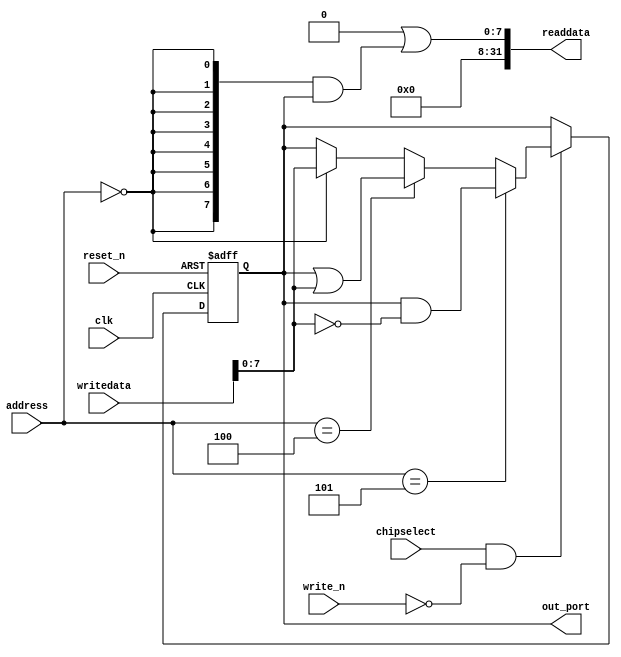
module niosII_system_solenoid_out (
                                    // inputs:
                                     address,
                                     chipselect,
                                     clk,
                                     reset_n,
                                     write_n,
                                     writedata,

                                    // outputs:
                                     out_port,
                                     readdata
                                  )
;

  output  [  7: 0] out_port;
  output  [ 31: 0] readdata;
  input   [  2: 0] address;
  input            chipselect;
  input            clk;
  input            reset_n;
  input            write_n;
  input   [ 31: 0] writedata;

  wire             clk_en;
  reg     [  7: 0] data_out;
  wire    [  7: 0] out_port;
  wire    [  7: 0] read_mux_out;
  wire    [ 31: 0] readdata;
  wire             wr_strobe;
  assign clk_en = 1;
  //s1, which is an e_avalon_slave
  assign read_mux_out = {8 {(address == 0)}} & data_out;
  assign wr_strobe = chipselect && ~write_n;
  always @(posedge clk or negedge reset_n)
    begin
      if (reset_n == 0)
          data_out <= 0;
      else if (clk_en)
          if (wr_strobe)
              data_out <= (address == 5)? data_out & ~writedata[7 : 0]: (address == 4)? data_out | writedata[7 : 0]: (address == 0)? writedata[7 : 0]: data_out;
    end


  assign readdata = {32'b0 | read_mux_out};
  assign out_port = data_out;

endmodule